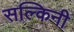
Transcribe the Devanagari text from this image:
सल्किनी